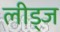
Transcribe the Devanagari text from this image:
लीड्ज